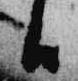
日